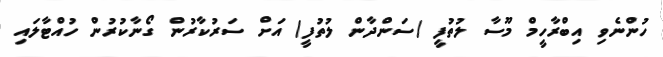
ހުންނެވި އިބްރާހީމް މޫސާ ލުތުފީ (ސަންދާން ލުތުފީ) އަށް ސަރުކާރުން ގޯނާކުރުން ހުއްޓާލައި